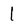
Character: 1